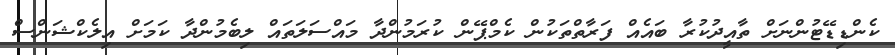
ކެންޑިޑޭޓުންނަށް ތާއީދުކުރާ ބައެއް ފަރާތްތަކުން ކެމްޕޭން ކުރަމުންދާ މައްސަލަތައް ލިބެމުންދާ ކަމަށް އިލެކްޝަންސް